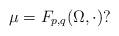
LaTeX: \begin{align*}\mu=F_{p,q}(\Omega,\cdot)?\end{align*}